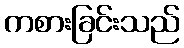
ကစားခြင်းသည်